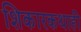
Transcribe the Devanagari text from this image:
शिकारकथाही